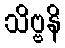
သိဗ္ဗနိ